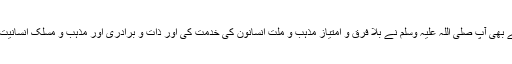
بعثت سے پہلے بھی آپ صلی اللہ علیہ وسلم نے بلا فرق و امتیاز مذہب و ملت انسانون کی خدمت کی اور ذات و برادری اور مذہب و مسلک انسانیت کے کام آئے ۔